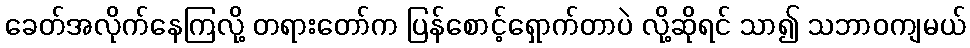
ခေတ်အလိုက်နေကြလို့ တရားတော်က ပြန်စောင့်ရှောက်တာပဲ လို့ဆိုရင် သာ၍ သဘာဝကျမယ်